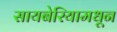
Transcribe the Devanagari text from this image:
सायबेरियामधून